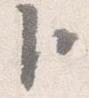
臣